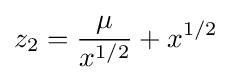
z_{2}={\frac {\mu }{x^{1/2}}}+x^{1/2}